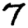
Digit: 7